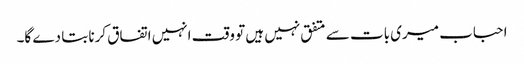
احباب میری بات سے متفق نہیں ہیں تو وقت انہیں اتفاق کرنا بتا دے گا۔